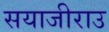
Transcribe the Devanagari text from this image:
सयाजीराउ